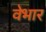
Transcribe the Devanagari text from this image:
वेभार